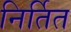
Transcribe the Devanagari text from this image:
निर्तित